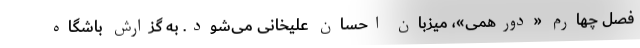
فصل چهارم «دورهمی»، میزبان احسان علیخانی می‌شود. به گزارش باشگاه